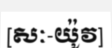
[សៈ-យ៉ូវ]